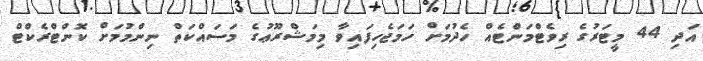
އަދި 44 މީޓަރުގެ ރިވެޓްމަންޓެއް ހެދުމަށް ހަމަޖެހިފައިވާ މިމަޝްރޫޢުގެ މަސައްކަތް ނިންމުމަށް ކޮންޓްރެކްޓް